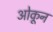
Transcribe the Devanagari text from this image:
ओकून